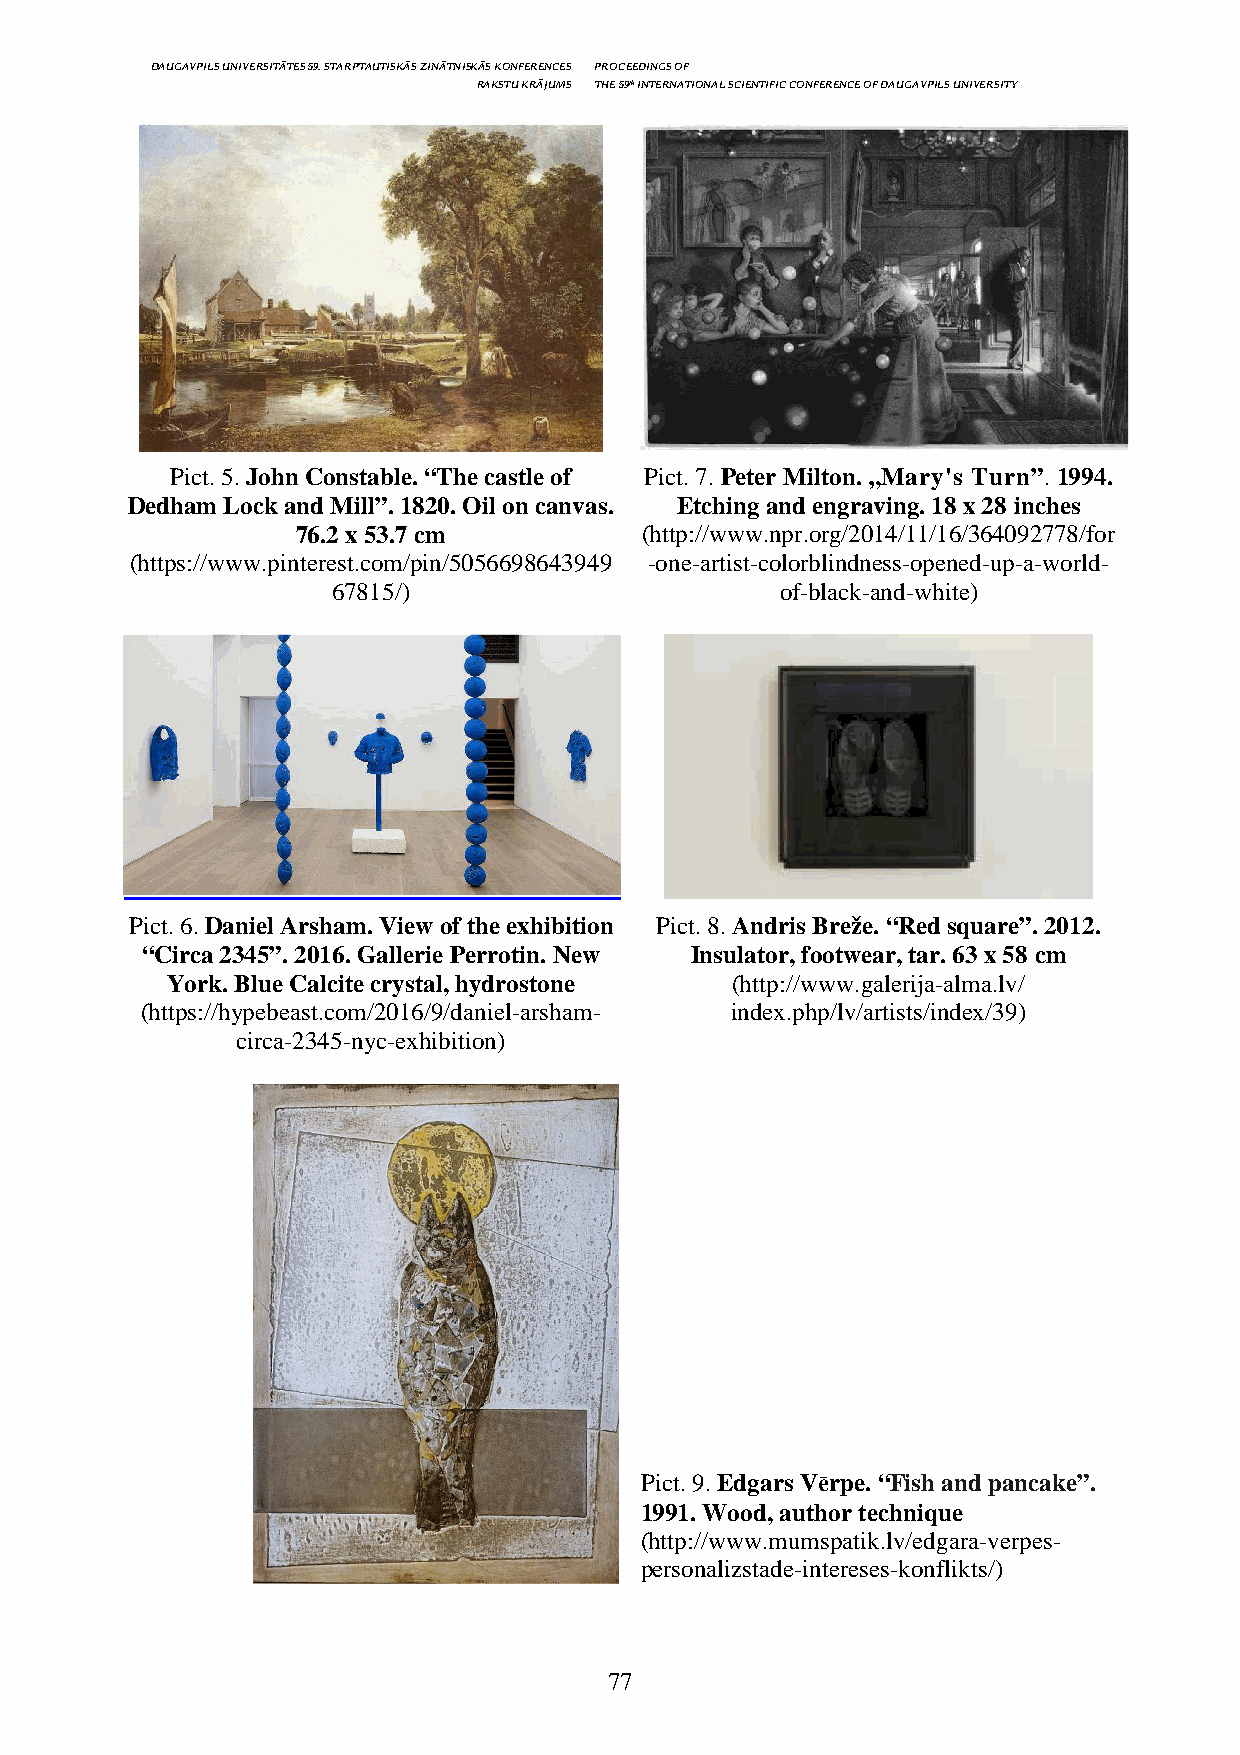
DAUGAVPILS UNIVERSITĀTES 59. STARPTAUTISKĀS ZINĀTNISKĀS KONFERENCES PROCEEDINGS OF
 RAKSTU KRĀJUMS THE 59th INTERNATIONAL SCIENTIFIC CONFERENCE OF DAUGAVPILS UNIVERSITY
 Pict. 5. John Constable. “The castle of Pict. 7. Peter Milton. „Mary's Turn”. 1994.
 Dedham Lock and Mill”. 1820. Oil on canvas. Etching and engraving. 18 x 28 inches
 76.2 x 53.7 cm        (http://www.npr.org/2014/11/16/364092778/for
 (https://www.pinterest.com/pin/5056698643949 -one-artist-colorblindness-opened-up-a-world-
 67815/)                       of-black-and-white)
 Pict. 6. Daniel Arsham. View of the exhibition Pict. 8. Andris Breže. “Red square”. 2012.
 “Circa 2345”. 2016. Gallerie Perrotin. New Insulator, footwear, tar. 63 x 58 cm
 York. Blue Calcite crystal, hydrostone (http://www.galerija-alma.lv/
 (https://hypebeast.com/2016/9/daniel-arsham- index.php/lv/artists/index/39)
 circa-2345-nyc-exhibition)
 Pict. 9. Edgars Vērpe. “Fish and pancake”.
 1991. Wood, author technique
 (http://www.mumspatik.lv/edgara-verpes-
 personalizstade-intereses-konflikts/)
 77